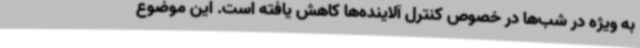
به ویژه در شب‌ها در خصوص کنترل آلاینده‌ها کاهش یافته است. این موضوع